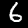
Digit: 6